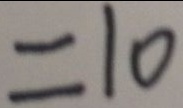
= 1 0